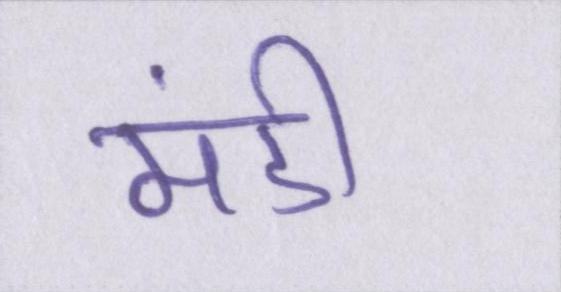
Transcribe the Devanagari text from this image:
मंडी